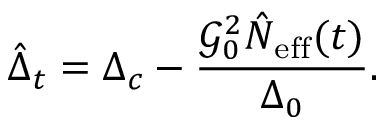
\hat { \Delta } _ { t } = \Delta _ { c } - \frac { \mathcal { G } _ { 0 } ^ { 2 } \hat { N } _ { \mathrm { e f f } } ( t ) } { \Delta _ { 0 } } .